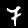
Label: 7